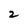
Character: 2